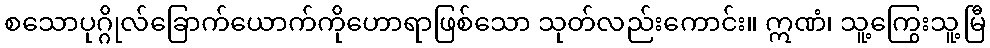
စသောပုဂ္ဂိုလ်ခြောက်ယောက်ကိုဟောရာဖြစ်သော သုတ်လည်းကောင်း။ ဣဏံ၊ သူ့ကြွေးသူ့မြီ